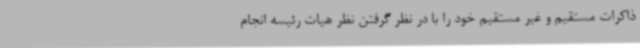
ذاکرات مستقیم و غیر مستقیم خود را با در نظر گرفتن نظر هیات رئیسه انجام